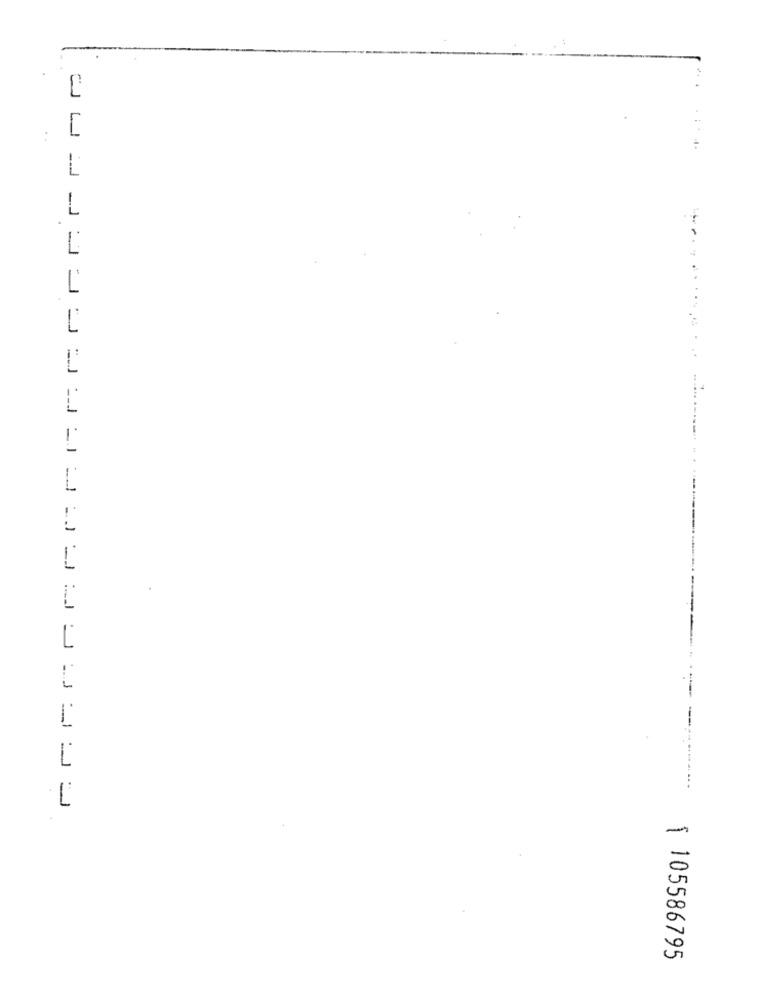
1
..
L
1.
L
---------
1 105586795